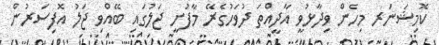
ކޮމިޝަނަރ މިހެން ވިދާޅުވީ އާދީއްތަ ދުވަހުގެރޭ މާފުށީ ޖަލުގައި ބޭއްވި ޖަލު އޮފިސަރުން